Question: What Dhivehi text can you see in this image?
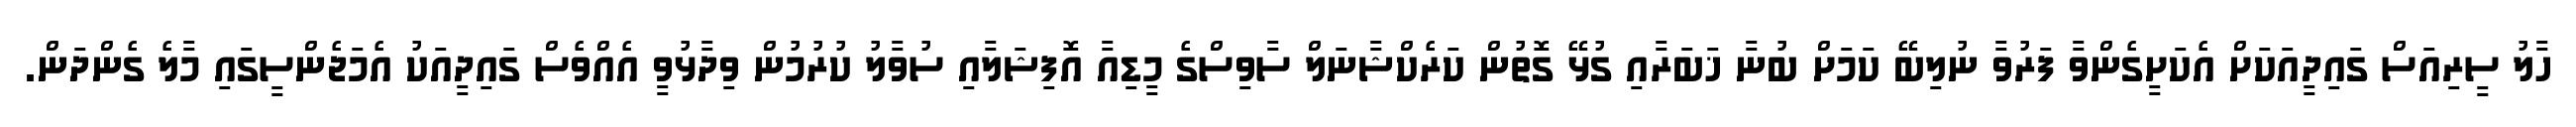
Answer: ހާލު ސީރިއަސް ގައިދީއަކަށް އެކަށީގެންވާ ފަރުވާ ނުލިބޭ ކަމަށް ބުނާ ޚަބަރާއި ގުޅޭ ގޮތުން ކަރެކްޝާނަލް ސާވިސްގެ މީޑިއާ އޮފިޝަލާއި ސުވާލު ކުރުމުން ވިދާޅުވީ އެއްވެސް ގައިދީއަކު އެމަޖެންސީގައި މާލެ ގެންދަން.